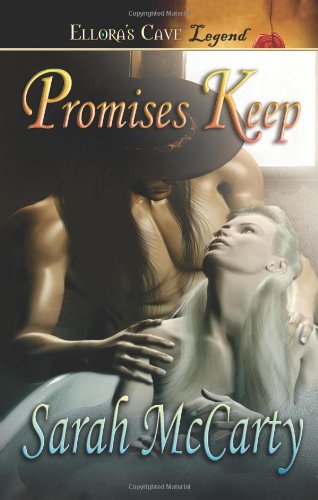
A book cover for Promises - Promises Keep; Sarah McCarty; Romance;